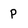
Character: p